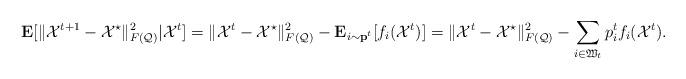
LaTeX: \begin{align*}\mathbf{E}[\|\mathcal{X}^{t+1}-\mathcal{X}^{\star}\|_{F(\mathcal{Q})}^{2}|\mathcal{X}^{t}]&=\|\mathcal{X}^{t}-\mathcal{X}^{\star}\|_{F(\mathcal{Q})}^{2}-\mathbf{E}_{i\sim \mathbf{p}^{t}}[f_{i}(\mathcal{X}^{t})]=\|\mathcal{X}^{t}-\mathcal{X}^{\star}\|_{F(\mathcal{Q})}^{2}-\sum_{i\in \mathfrak{W}_{t}}p_{i}^{t}f_{i}(\mathcal{X}^{t}).\end{align*}